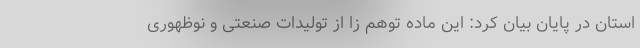
استان در پایان بیان کرد: این ماده توهم زا از تولیدات صنعتی و نوظهوری